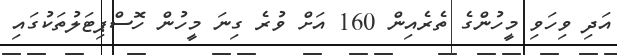
އަދި ވިހަވި މީހުންގެ ތެރެއިން 160 އަށް ވުރެ ގިނަ މީހުން ހޮސްޕިޓަލުތަކުގައި